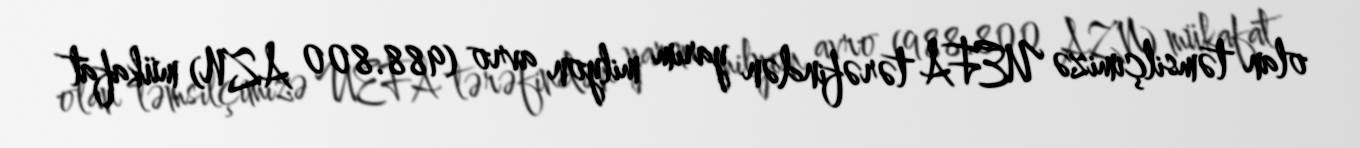
olan təmsilçimizə UEFA tərəfindən yarım milyon avro (988.800 AZN) mükafat